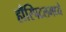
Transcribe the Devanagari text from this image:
हाँस्पिटलमध्ये